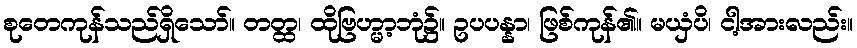
စုတေကုန်သည်ရှိသော်။ တတ္ထ၊ ထိုဗြဟ္မာ့ဘုံ၌။ ဥပပန္နာ၊ ဖြစ်ကုန်၏။ မယှံပိ၊ ငါ့အားလည်း။